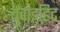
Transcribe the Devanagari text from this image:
बुवाइहिद